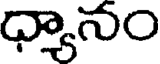
ధ్యానం